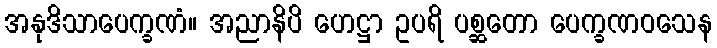
အနုဒိသာပေက္ခဏံ။ အညာနိပိ ဟေဋ္ဌာ ဥပရိ ပစ္ဆတော ပေက္ခဏဝသေန